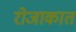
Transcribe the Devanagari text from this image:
रोजाकात